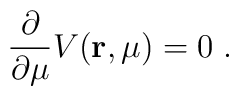
\frac{\partial}{\partial \mu} V({\bf r}, \mu) = 0 \;  .